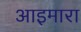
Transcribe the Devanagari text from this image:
आइमारा